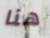
هنا